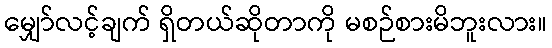
မျှော်လင့်ချက် ရှိတယ်ဆိုတာကို မစဉ်စားမိဘူးလား။